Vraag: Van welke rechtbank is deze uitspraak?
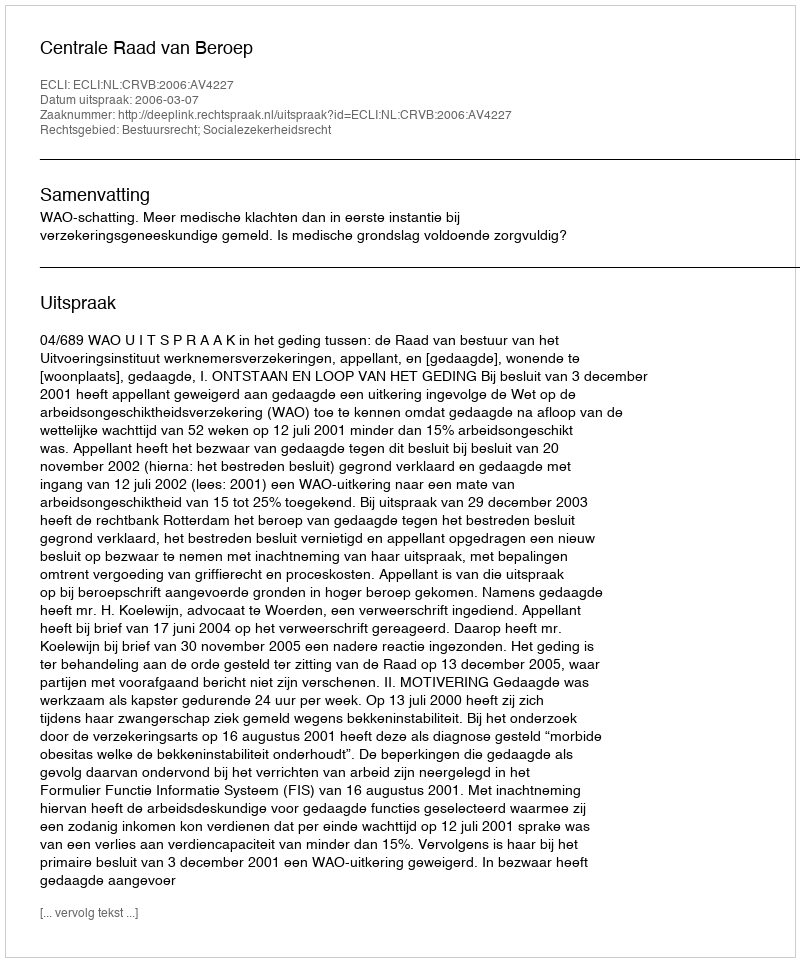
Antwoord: Centrale Raad van Beroep